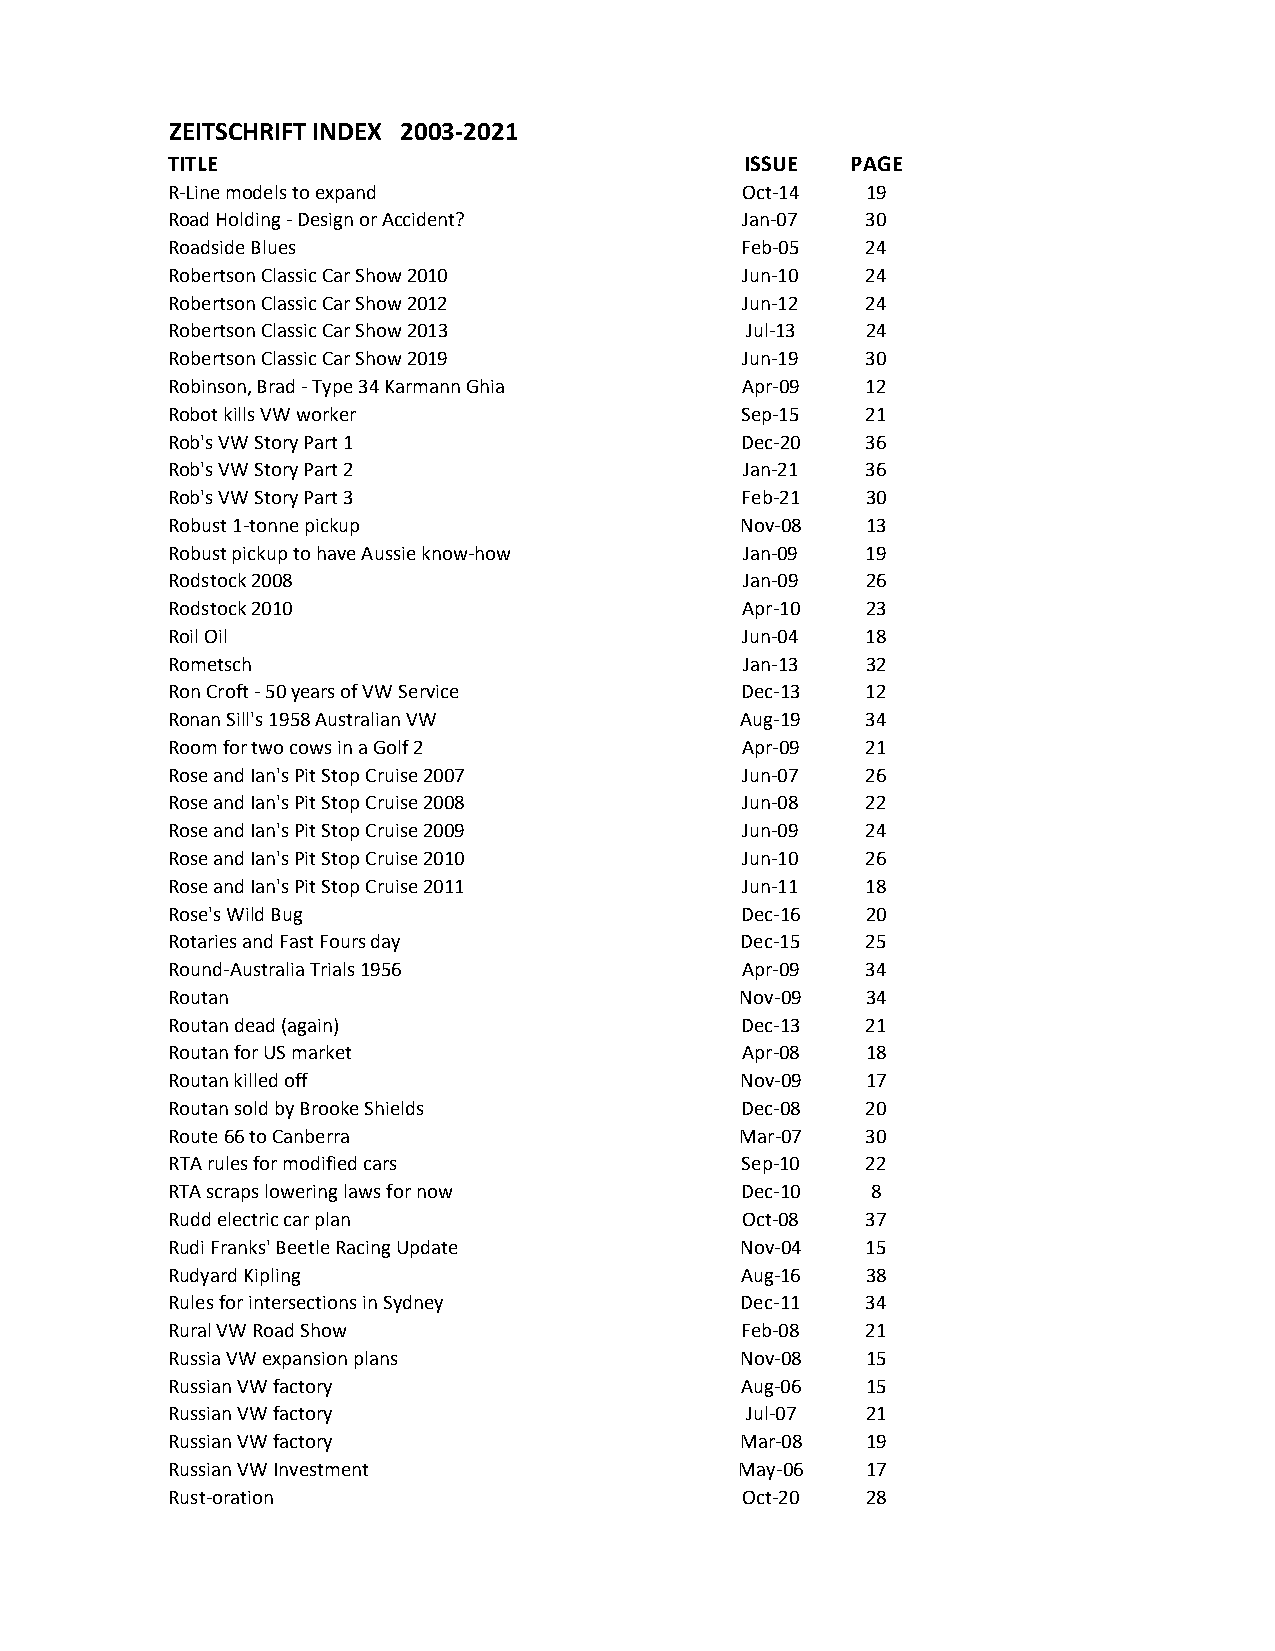
ZEITSCHRIFT INDEX 2003-2021
 TITLE                                 ISSUE  PAGE
 R-Line models to expand               Oct-14  19
 Road Holding - Design or Accident?    Jan-07  30
 Roadside Blues                        Feb-05  24
 Robertson Classic Car Show 2010       Jun-10  24
 Robertson Classic Car Show 2012       Jun-12  24
 Robertson Classic Car Show 2013       Jul-13  24
 Robertson Classic Car Show 2019       Jun-19  30
 Robinson, Brad - Type 34 Karmann Ghia Apr-09  12
 Robot kills VW worker                 Sep-15  21
 Rob's VW Story Part 1                 Dec-20  36
 Rob's VW Story Part 2                 Jan-21  36
 Rob's VW Story Part 3                 Feb-21  30
 Robust 1-tonne pickup                 Nov-08  13
 Robust pickup to have Aussie know-how Jan-09  19
 Rodstock 2008                         Jan-09  26
 Rodstock 2010                         Apr-10  23
 Roil Oil                              Jun-04  18
 Rometsch                              Jan-13  32
 Ron Croft - 50 years of VW Service    Dec-13  12
 Ronan Sill's 1958 Australian VW       Aug-19  34
 Room for two cows in a Golf 2         Apr-09  21
 Rose and Ian's Pit Stop Cruise 2007   Jun-07  26
 Rose and Ian's Pit Stop Cruise 2008   Jun-08  22
 Rose and Ian's Pit Stop Cruise 2009   Jun-09  24
 Rose and Ian's Pit Stop Cruise 2010   Jun-10  26
 Rose and Ian's Pit Stop Cruise 2011   Jun-11  18
 Rose's Wild Bug                       Dec-16  20
 Rotaries and Fast Fours day           Dec-15  25
 Round-Australia Trials 1956           Apr-09  34
 Routan                                Nov-09  34
 Routan dead (again)                   Dec-13  21
 Routan for US market                  Apr-08  18
 Routan killed off                     Nov-09  17
 Routan sold by Brooke Shields         Dec-08  20
 Route 66 to Canberra                  Mar-07  30
 RTA rules for modified cars           Sep-10  22
 RTA scraps lowering laws for now      Dec-10   8
 Rudd electric car plan                Oct-08  37
 Rudi Franks' Beetle Racing Update     Nov-04  15
 Rudyard Kipling                       Aug-16  38
 Rules for intersections in Sydney     Dec-11  34
 Rural VW Road Show                    Feb-08  21
 Russia VW expansion plans             Nov-08  15
 Russian VW factory                    Aug-06  15
 Russian VW factory                    Jul-07  21
 Russian VW factory                    Mar-08  19
 Russian VW Investment                 May-06  17
 Rust-oration                          Oct-20  28